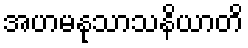
အဟမနုသာသနိယာတိ